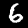
Digit: 6